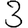
Digit: 3